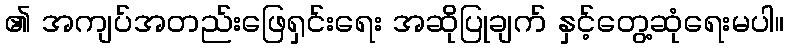
၏ အကျပ်အတည်းဖြေရှင်းရေး အဆိုပြုချက် နှင့်တွေ့ဆုံရေးမပါ။